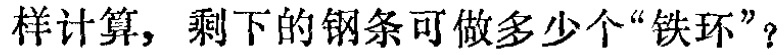
样计算，剩下的钢条可做多少个“铁环”？